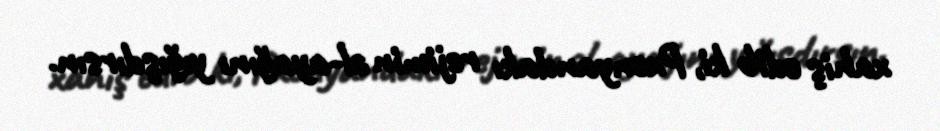
xahiş edib ki, Pxenyandakı rejimin əl-ayağını yığışdırsın.